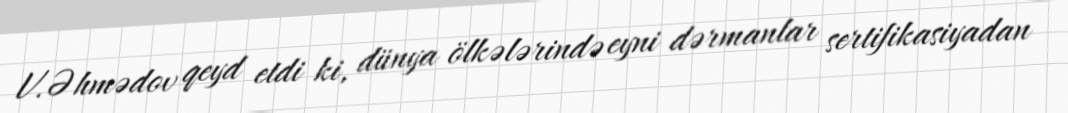
V.Əhmədov qeyd etdi ki, dünya ölkələrində eyni dərmanlar sertifikasiyadan